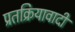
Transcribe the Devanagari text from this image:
प्रतक्रियावादी